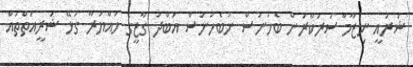
ޝަރުއީ ނިޒާމާ ސަރުކާރުން ބެހުނަސް ނުބެހުނަސް އަބްދު ގާޒީގެ ހައްޔަރާ ގުޅޭ ޝަރީއަތްތައް